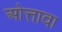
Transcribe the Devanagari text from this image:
ओत्तावा